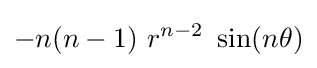
-n(n-1)~r^{n-2}~\sin(n\theta )